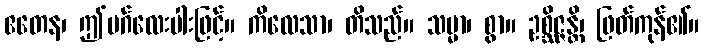
ဧတေန၊ ဤမဂ်လေးပါးဖြင့်။ ကိလေသာ၊ တိသည်။ သမ္မာ၊ စွာ။ ဥစ္ဆိဇ္ဇန္တိ၊ ဖြတ်ကုန်၏။